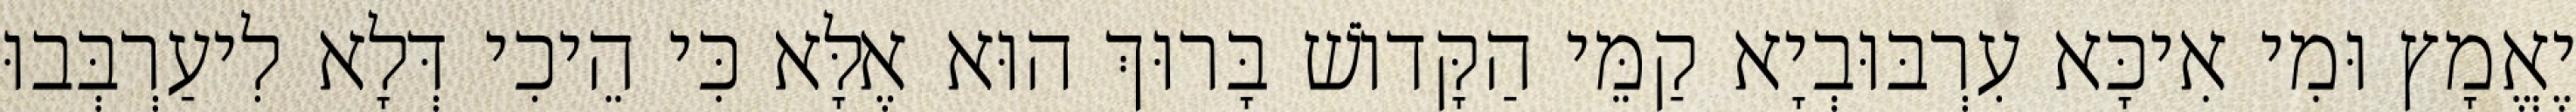
יֶאֱמָץ וּמִי אִיכָּא עִרְבּוּבְיָא קַמֵּי הַקָּדוֹשׁ בָּרוּךְ הוּא אֶלָּא כִּי הֵיכִי דְּלָא לִיעַרְבְּבוּ